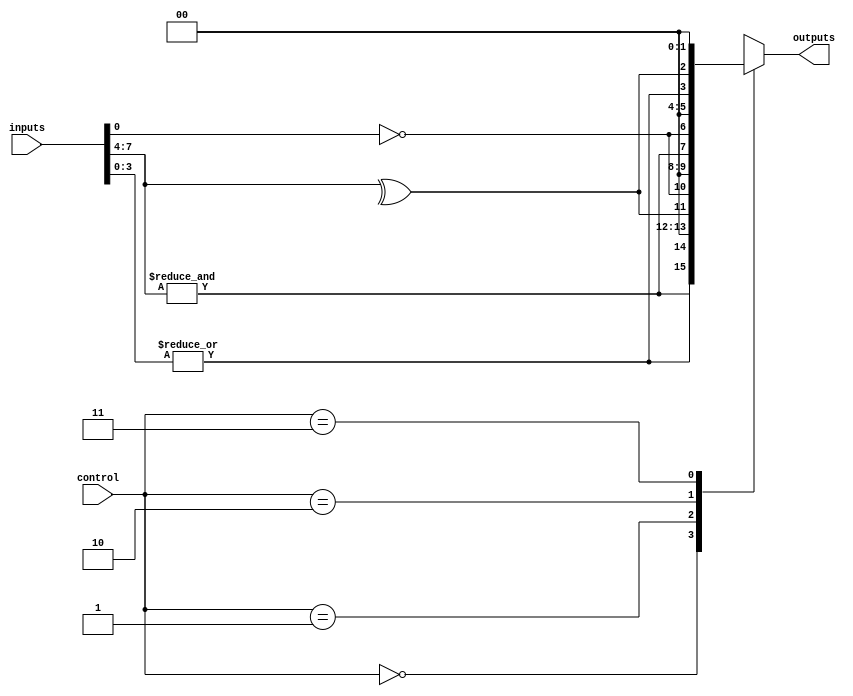
module adjacency_groups (
    input wire [N-1:0] inputs,   // N input signals
    input wire [M-1:0] control,   // Control signals for group selection
    output wire [P-1:0] outputs    // P output signals
);
    parameter N = 8; // Number of input signals
    parameter M = 2; // Number of control signals (to select adjacency groups)
    parameter P = 4; // Number of output signals

    // Intermediate signals for adjacency groups
    wire [N/2-1:0] group1; // First adjacency group
    wire [N/2-1:0] group2; // Second adjacency group
    wire [N/2-1:0] group3; // Third adjacency group
    wire [N/2-1:0] group4; // Fourth adjacency group

    // Grouping input signals based on adjacency
    assign group1 = inputs[N-1:N/2]; // Example grouping
    assign group2 = inputs[N/2-1:0]; // Example grouping
    assign group3 = inputs[N-1:N/2]; // Example grouping
    assign group4 = inputs[N/2-1:0]; // Example grouping

    // Logic operations within each group
    wire group1_output;
    wire group2_output;
    wire group3_output;
    wire group4_output;

    assign group1_output = &group1; // AND operation for group1
    assign group2_output = |group2; // OR operation for group2
    assign group3_output = ^group3; // XOR operation for group3
    assign group4_output = ~group4; // NOT operation for group4

    // Output generation based on control signals
    always @(*) begin
        case (control)
            2'b00: outputs = {group1_output, group2_output, 2'b00}; // Output from group1 and group2
            2'b01: outputs = {group3_output, group4_output, 2'b00}; // Output from group3 and group4
            2'b10: outputs = {group1_output, group4_output, 2'b00}; // Custom output combination
            2'b11: outputs = {group2_output, group3_output, 2'b00}; // Custom output combination
            default: outputs = 4'b0000; // Default case
        endcase
    end

endmodule